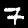
Label: 7